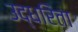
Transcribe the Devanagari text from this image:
उद्धरिता